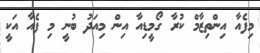
މިފެއާ އިންތިޒާމް ކުރާ ގޯމީޑިއާ އިން މިއަދު ބުނީ މި ފެއާ އަކީ